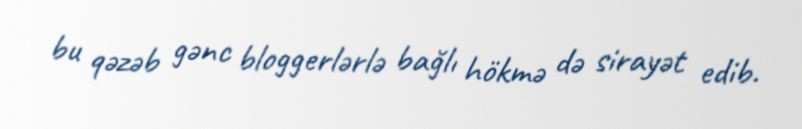
bu qəzəb gənc bloggerlərlə bağlı hökmə də sirayət edib.